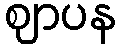
ဈာပန